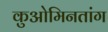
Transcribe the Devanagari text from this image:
कुओमिनतांग